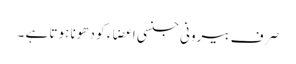
صِرف بیرونی جنسی اعضاء کو دھونا ہوتا ہے ۔